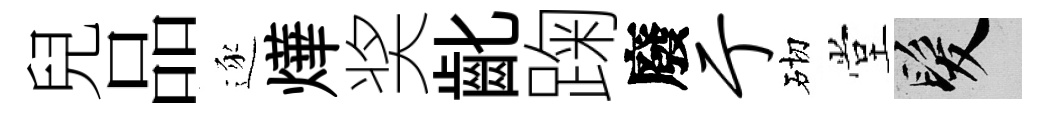
兒品逐燁奖齔踘廢亍砌堂髮